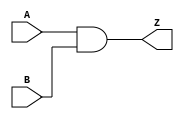
module AN2(A,  B,  Z);
  input A,  B;
  output Z;
  assign Z = A & B;
endmodule